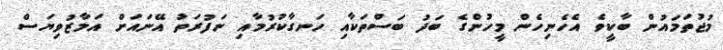
މުޖުތަމައުން ބާކީވެ އެހެނިހެން މީހުންގެ ބަދު ބަސްތަކާއި ހަނގާކުރުމާއި ނަފުރަތު އޭނައަށް އަމާޒުވިޔަސް